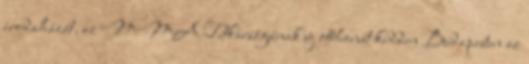
irodaházát, az MMA Titkárságának új otthonát kedden Budapesten az